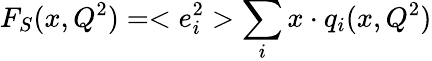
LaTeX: F_{S}(x,Q^{2})=<e_{i}^{2}>\sum_{i}x\cdot q_{i}(x,Q^{2})